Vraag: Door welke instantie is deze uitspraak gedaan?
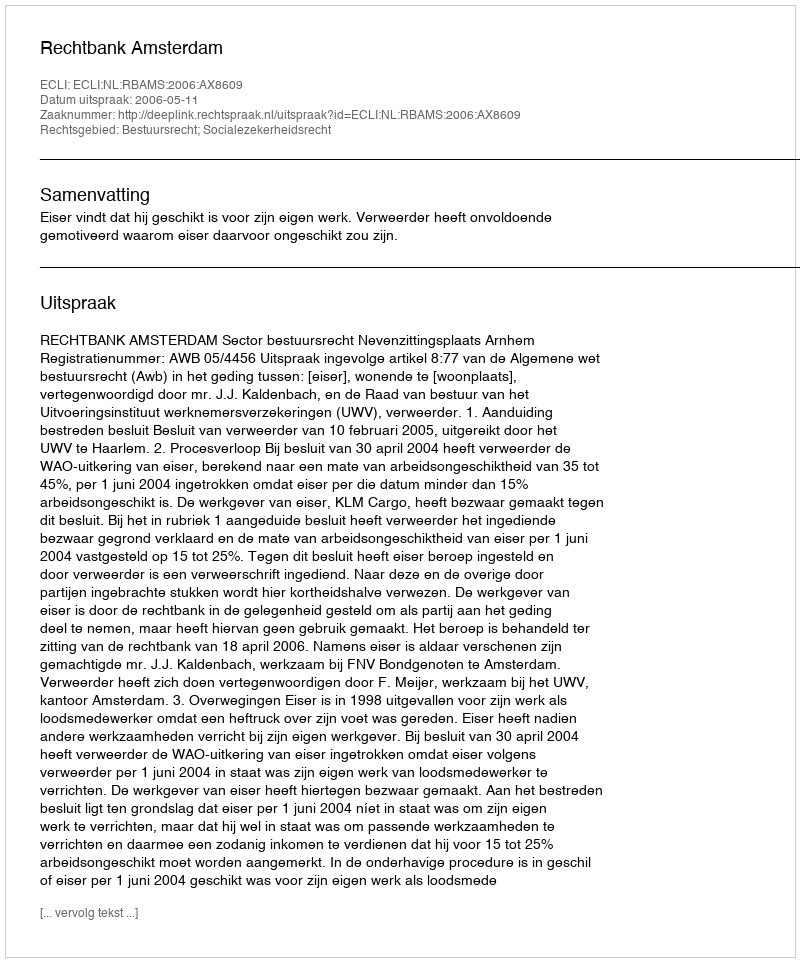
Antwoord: Rechtbank Amsterdam